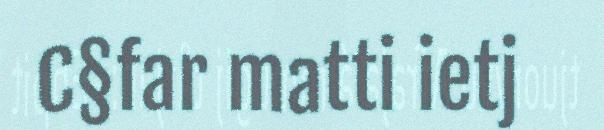
C§far matti ietj